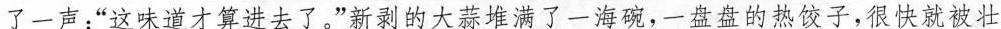
了一声：”这味道才算进去了。”新割的大蒜华了-海：-盐堂的热子，很快就被壮